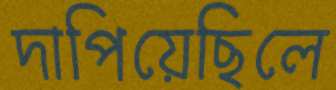
দাপিয়েছিলে